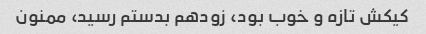
کیکش تازه و خوب بود، زودهم بدستم رسید، ممنون